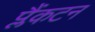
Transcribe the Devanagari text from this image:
प्लैंकटन